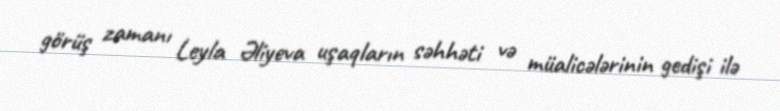
görüş zamanı Leyla Əliyeva uşaqların səhhəti və müalicələrinin gedişi ilə